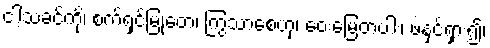
ငါ့သခင်ကို၊ စက်ရှင်မြုတေ၊ ကြွသာစေဟု၊ ဝေးမြေတပါး၊ ဖဲနှင့်ရှား၍၊